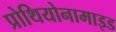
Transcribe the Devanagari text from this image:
प्रोथियोनामाइड